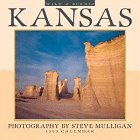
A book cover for Cal 99 Wild & Scenic Kansas Calendar; Travel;